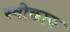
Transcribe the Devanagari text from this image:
स्वीकारु